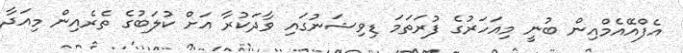
އެފްއޭއެމްއިން ބުނީ މިއަހަރުގެ ފުރަތަމަ ޑިވިޝަނުގައި ވާދަކުރާ އަށް ކުލަބުގެ ތެރެއިން މިއަދާ